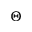
\Theta